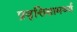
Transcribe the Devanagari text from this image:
प्रवृत्तिसामर्थ्य